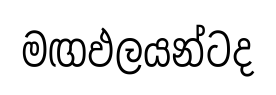
මඟඵලයන්ටද